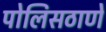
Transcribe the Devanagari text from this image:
पोलिसठाणे